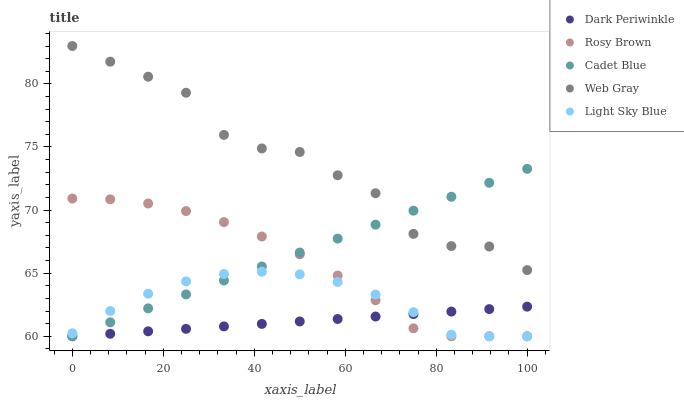
| xaxis_label | Dark Periwinkle | Rosy Brown | Cadet Blue | Web Gray | Light Sky Blue |
 | --- | --- | --- | --- | --- | --- |
 | 0 | 60 | 70.9 | 60 | 83 | 60.2 |
 | 8.33 | 60.2 | 70.8 | 61.1 | 81.8 | 62 |
 | 16.7 | 60.4 | 70.5 | 62.2 | 80.6 | 63.4 |
 | 25 | 60.6 | 69.9 | 63.3 | 79.3 | 64.3 |
 | 33.3 | 60.8 | 69 | 64.4 | 76 | 64.9 |
 | 41.7 | 61 | 67.9 | 65.5 | 74.9 | 65.1 |
 | 50 | 61.2 | 66.5 | 66.6 | 74.6 | 64.9 |
 | 58.3 | 61.4 | 64.8 | 67.7 | 72.8 | 64.3 |
 | 66.7 | 61.6 | 62.9 | 68.8 | 71.3 | 63.3 |
 | 75 | 61.8 | 60.6 | 69.9 | 68.1 | 61.9 |
 | 83.3 | 62 | 60 | 71.1 | 67.1 | 60.1 |
 | 91.7 | 62.2 | 60 | 72.2 | 67.1 | 60 |
 | 100 | 62.3 | 60 | 73.3 | 65.2 | 60 |